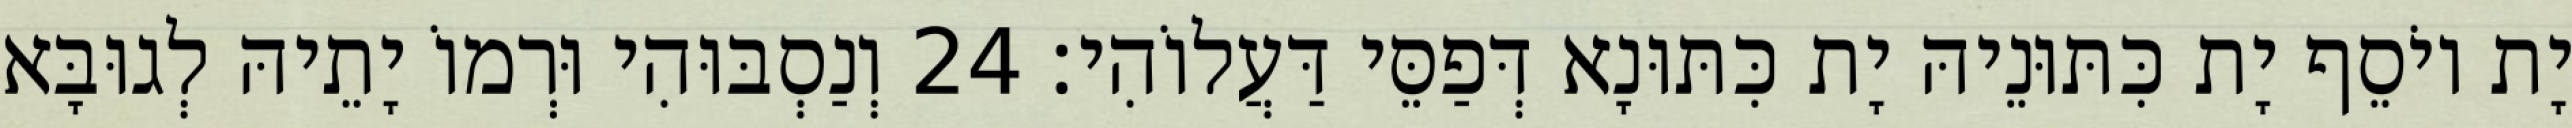
יָת יוֹסֵף יָת כִּתּוּנֵיהּ יָת כִּתּוּנָא דְּפַסֵּי דַּעֲלוֹהִי׃ 24 וְנַסְבּוּהִי וּרְמוֹ יָתֵיהּ לְגוּבָּא